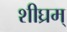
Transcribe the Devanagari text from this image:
शीघ्रम्